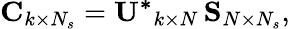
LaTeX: \mathbf{C}_{k\times N_{s}}=\mathbf{U^{*}}_{k\times N}\, \mathbf{S}_{N\times N_{s}},